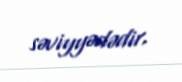
səviyyədədir.